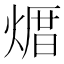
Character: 𪹒